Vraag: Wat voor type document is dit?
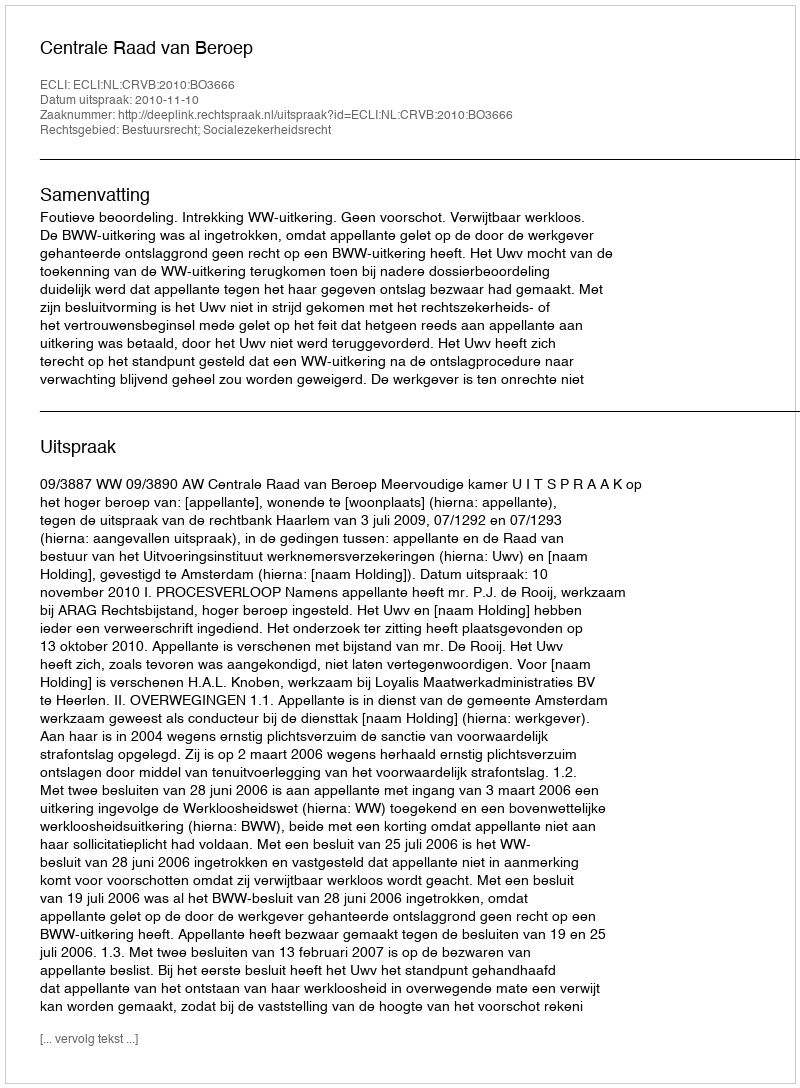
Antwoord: Uitspraak